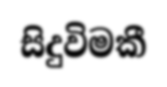
සිදුවිමකී